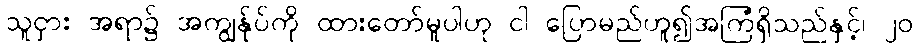
သူငှား အရာ၌ အကျွန်ုပ်ကို ထားတော်မူပါဟု ငါ ပြောမည်ဟူ၍အကြံရှိသည်နှင့်၊ ၂၀